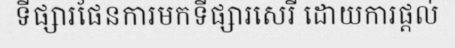
ទីផ្សារផែនការមកទីផ្សារសេរី ដោយការផ្តល់